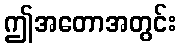
ဤအတောအတွင်း